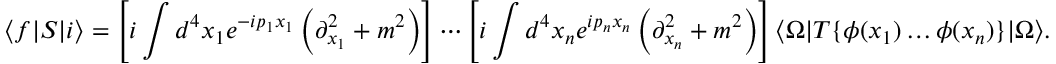
\langle f | S | i \rangle = \left[ i \int d ^ { 4 } x _ { 1 } e ^ { - i p _ { 1 } x _ { 1 } } \left( \partial _ { x _ { 1 } } ^ { 2 } + m ^ { 2 } \right) \right] \cdots \left[ i \int d ^ { 4 } x _ { n } e ^ { i p _ { n } x _ { n } } \left( \partial _ { x _ { n } } ^ { 2 } + m ^ { 2 } \right) \right] \langle \Omega | T \{ \phi ( x _ { 1 } ) \dots \phi ( x _ { n } ) \} | \Omega \rangle .